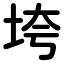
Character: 垮